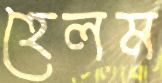
হেলম